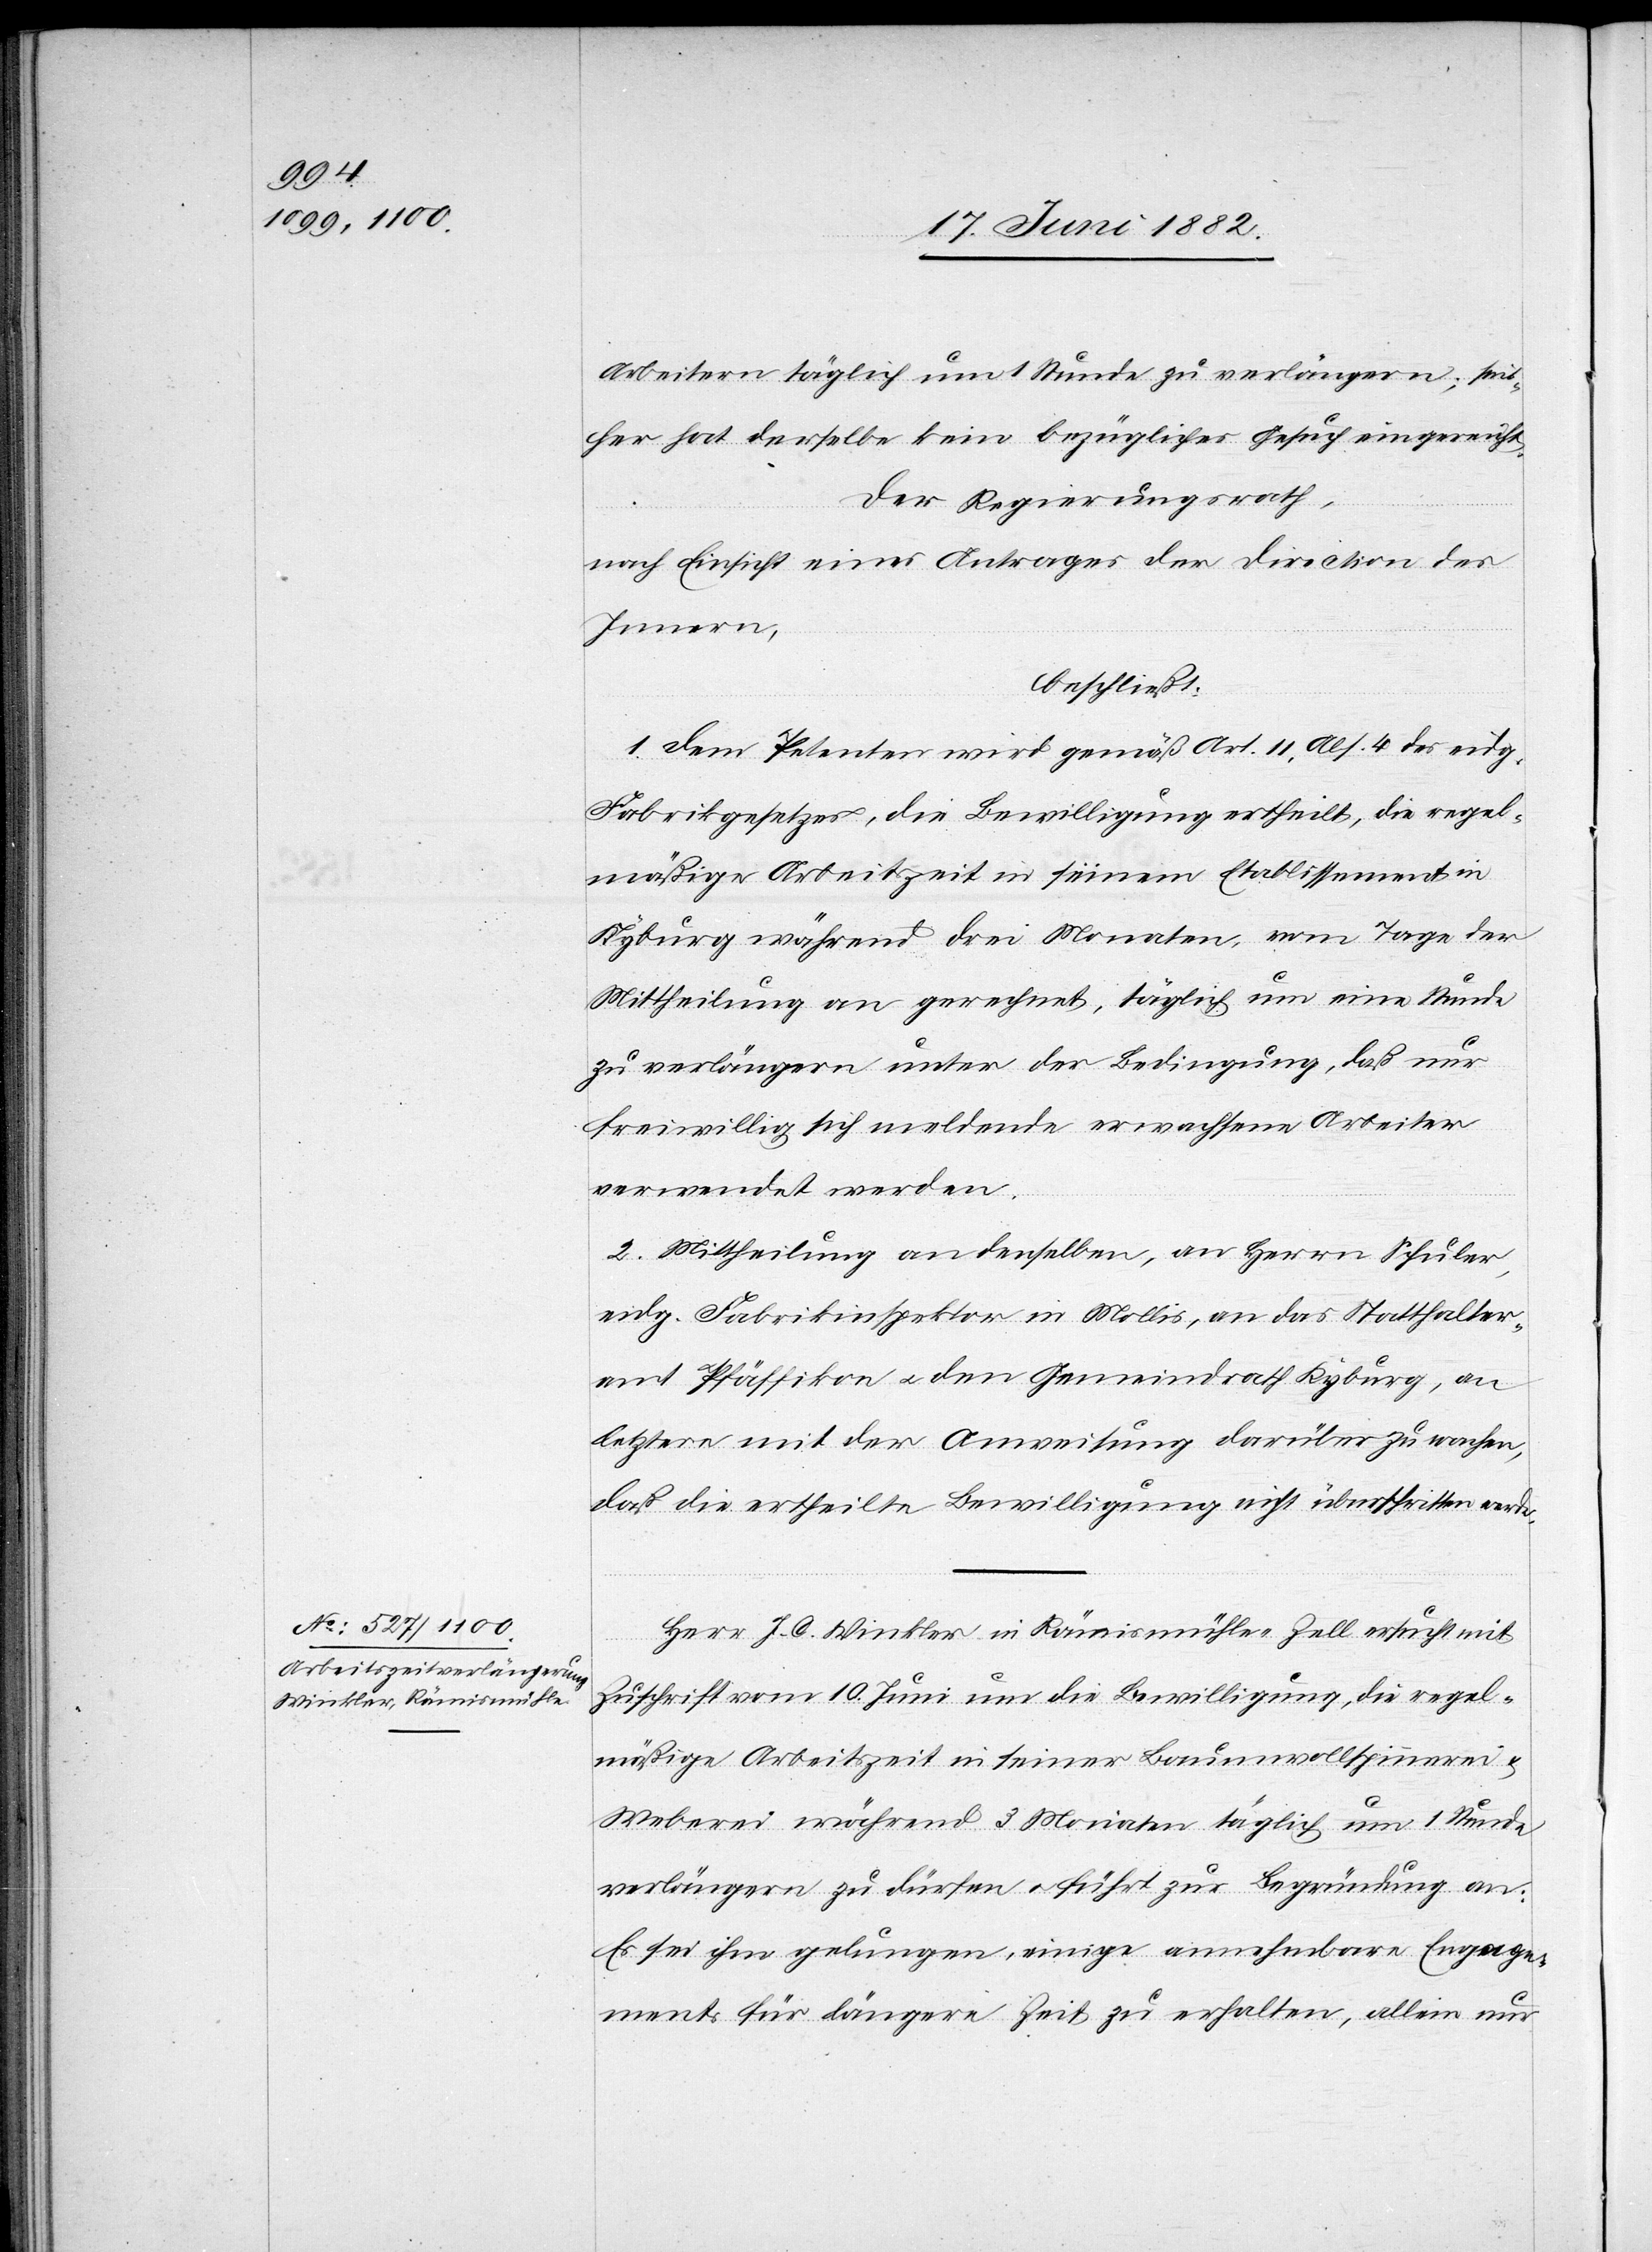
Arbeitern täglich um 1 Stunde zu verlängern, seit¬
her hat derselbe kein bezügliches Gesuch eingereicht.
Der Regierungsrath,
nach Einsicht eines Antrages der Direction des
Innern,
beschließt:
1. Dem Petenten wird gemäß Art. 11, Abs. 4 des eidg.
Fabrikgesetzes, die Bewilligung ertheilt, die regel¬
mäßige Arbeitszeit in seinem Etablissement in
Kyburg während drei Monaten, vom Tage der
Mittheilung an gerechnet, täglich um eine Stunde
zu verlängern unter der Bedingung, daß nur
freiwillig sich meldende erwachsene Arbeiter
verwendet werden.
2. Mittheilung an denselben, an Herrn Schuler,
eidg. Fabrikinspektor in Mollis, an das Statthalter¬
amt Pfäffikon u. den Gemeindrath Kyburg, an
letztere mit der Anweisung darüber zu wachen,
daß die ertheilte Bewilligung nicht überschritten werde.
Herr J. C. Winkler in Rämismühle - Zell ersucht mit
Zuschrift vom 10. Juni um die Bewilligung, die regel¬
mäßige Arbeitszeit in seiner Baumwollspinnerei &
Weberei während 3 Monaten täglich um 1 Stunde
verlängern zu dürfen u. führt zur Begründung an:
Es sei ihm gelungen, einige annehmbare Engage¬
ments für längere Zeit zu erhalten, allein nur